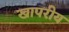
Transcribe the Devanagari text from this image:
खापरीय